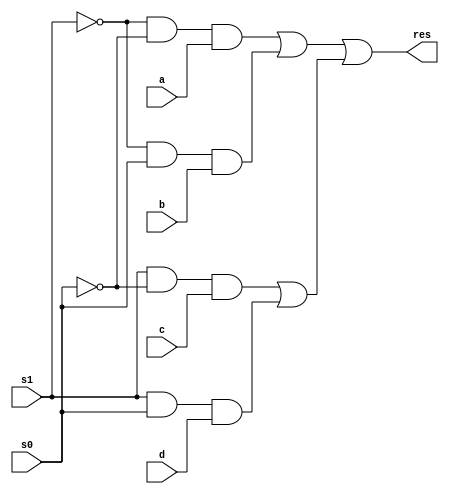
module mux_4x2(a, b, c, d, s1, s0, res);
	input a, b, c, d;
	input s1, s0;
	output res;

	wire r1, r2, r3, r4, e1, e2, e3, e4, ns0, ns1, d1, d2;
	// calculates reverse of data selector 
	not (ns0, s0);
	not (ns1, s1);
	// mux operations 
	and (e1, ns1, ns0);
	and (r1, e1, a);
	
	and (e2, ns1, s0);
	and (r2, e2, b);
	
	and (e3, s1, ns0);
	and (r3, e3, c);
	
	and (e4, s1, s0);
	and (r4, e4, d);
	
	or (d1, r1, r2);
	or (d2, r3, r4);
	or (res, d1, d2);
	
endmodule